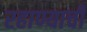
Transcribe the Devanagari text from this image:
रहाण्याचीं